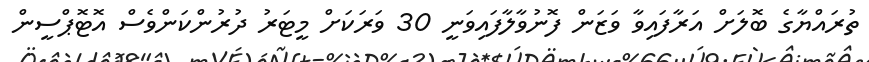
ތުރައްޔާގެ ބޮލަށް އަރާފައިވާ ވަޒަން ފޮނުވާލާފައިވަނީ 30 ވަރަކަށް މީޓަރު ދުރުންކަންވެސް އޮޓޮޕްސީން